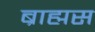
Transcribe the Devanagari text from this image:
ब्राह्मस